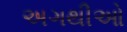
અગથીઓ